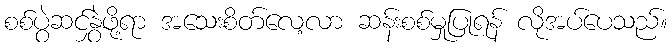
စစ်ပွဲဆင်နွှဲဖို့ရာ အသေးစိတ်လေ့လာ ဆန်းစစ်မှုပြုရန် လိုအပ်ပေသည်။